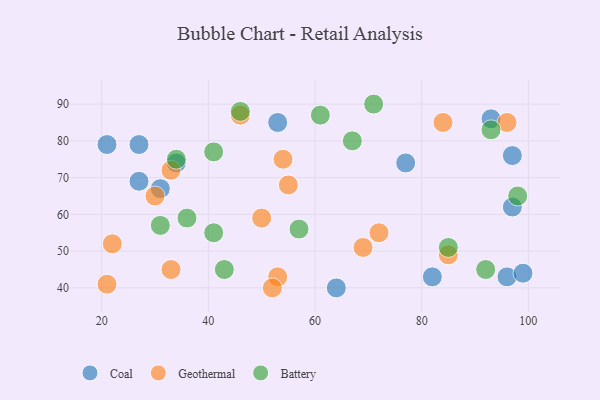
{"axis": {"x": "GDP", "y": "Life Expectancy"}, "legend": ["Battery", "Coal", "Geothermal"], "data": [{"x": "77", "y": 74, "type": "Coal"}, {"x": "53", "y": 85, "type": "Coal"}, {"x": "64", "y": 40, "type": "Coal"}, {"x": "31", "y": 67, "type": "Coal"}, {"x": "27", "y": 69, "type": "Coal"}, {"x": "34", "y": 74, "type": "Coal"}, {"x": "96", "y": 43, "type": "Coal"}, {"x": "27", "y": 79, "type": "Coal"}, {"x": "21", "y": 79, "type": "Coal"}, {"x": "97", "y": 62, "type": "Coal"}, {"x": "93", "y": 86, "type": "Coal"}, {"x": "82", "y": 43, "type": "Coal"}, {"x": "97", "y": 76, "type": "Coal"}, {"x": "99", "y": 44, "type": "Coal"}, {"x": "85", "y": 49, "type": "Geothermal"}, {"x": "50", "y": 59, "type": "Geothermal"}, {"x": "84", "y": 85, "type": "Geothermal"}, {"x": "96", "y": 85, "type": "Geothermal"}, {"x": "69", "y": 51, "type": "Geothermal"}, {"x": "21", "y": 41, "type": "Geothermal"}, {"x": "53", "y": 43, "type": "Geothermal"}, {"x": "22", "y": 52, "type": "Geothermal"}, {"x": "33", "y": 72, "type": "Geothermal"}, {"x": "46", "y": 87, "type": "Geothermal"}, {"x": "54", "y": 75, "type": "Geothermal"}, {"x": "72", "y": 55, "type": "Geothermal"}, {"x": "55", "y": 68, "type": "Geothermal"}, {"x": "52", "y": 40, "type": "Geothermal"}, {"x": "33", "y": 45, "type": "Geothermal"}, {"x": "30", "y": 65, "type": "Geothermal"}, {"x": "67", "y": 80, "type": "Battery"}, {"x": "92", "y": 45, "type": "Battery"}, {"x": "57", "y": 56, "type": "Battery"}, {"x": "93", "y": 83, "type": "Battery"}, {"x": "46", "y": 88, "type": "Battery"}, {"x": "43", "y": 45, "type": "Battery"}, {"x": "61", "y": 87, "type": "Battery"}, {"x": "41", "y": 77, "type": "Battery"}, {"x": "85", "y": 51, "type": "Battery"}, {"x": "71", "y": 90, "type": "Battery"}, {"x": "34", "y": 75, "type": "Battery"}, {"x": "98", "y": 65, "type": "Battery"}, {"x": "41", "y": 55, "type": "Battery"}, {"x": "36", "y": 59, "type": "Battery"}, {"x": "31", "y": 57, "type": "Battery"}]}